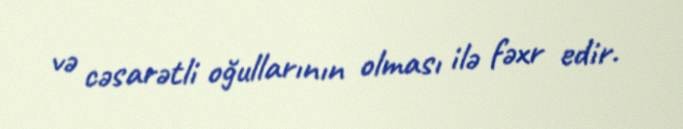
və cəsarətli oğullarının olması ilə fəxr edir.